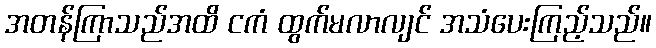
အတန်ကြာသည်အထိ ငကံ ထွက်မလာလျင် အသံပေးကြည့်သည်။